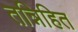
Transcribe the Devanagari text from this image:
तन्निहित